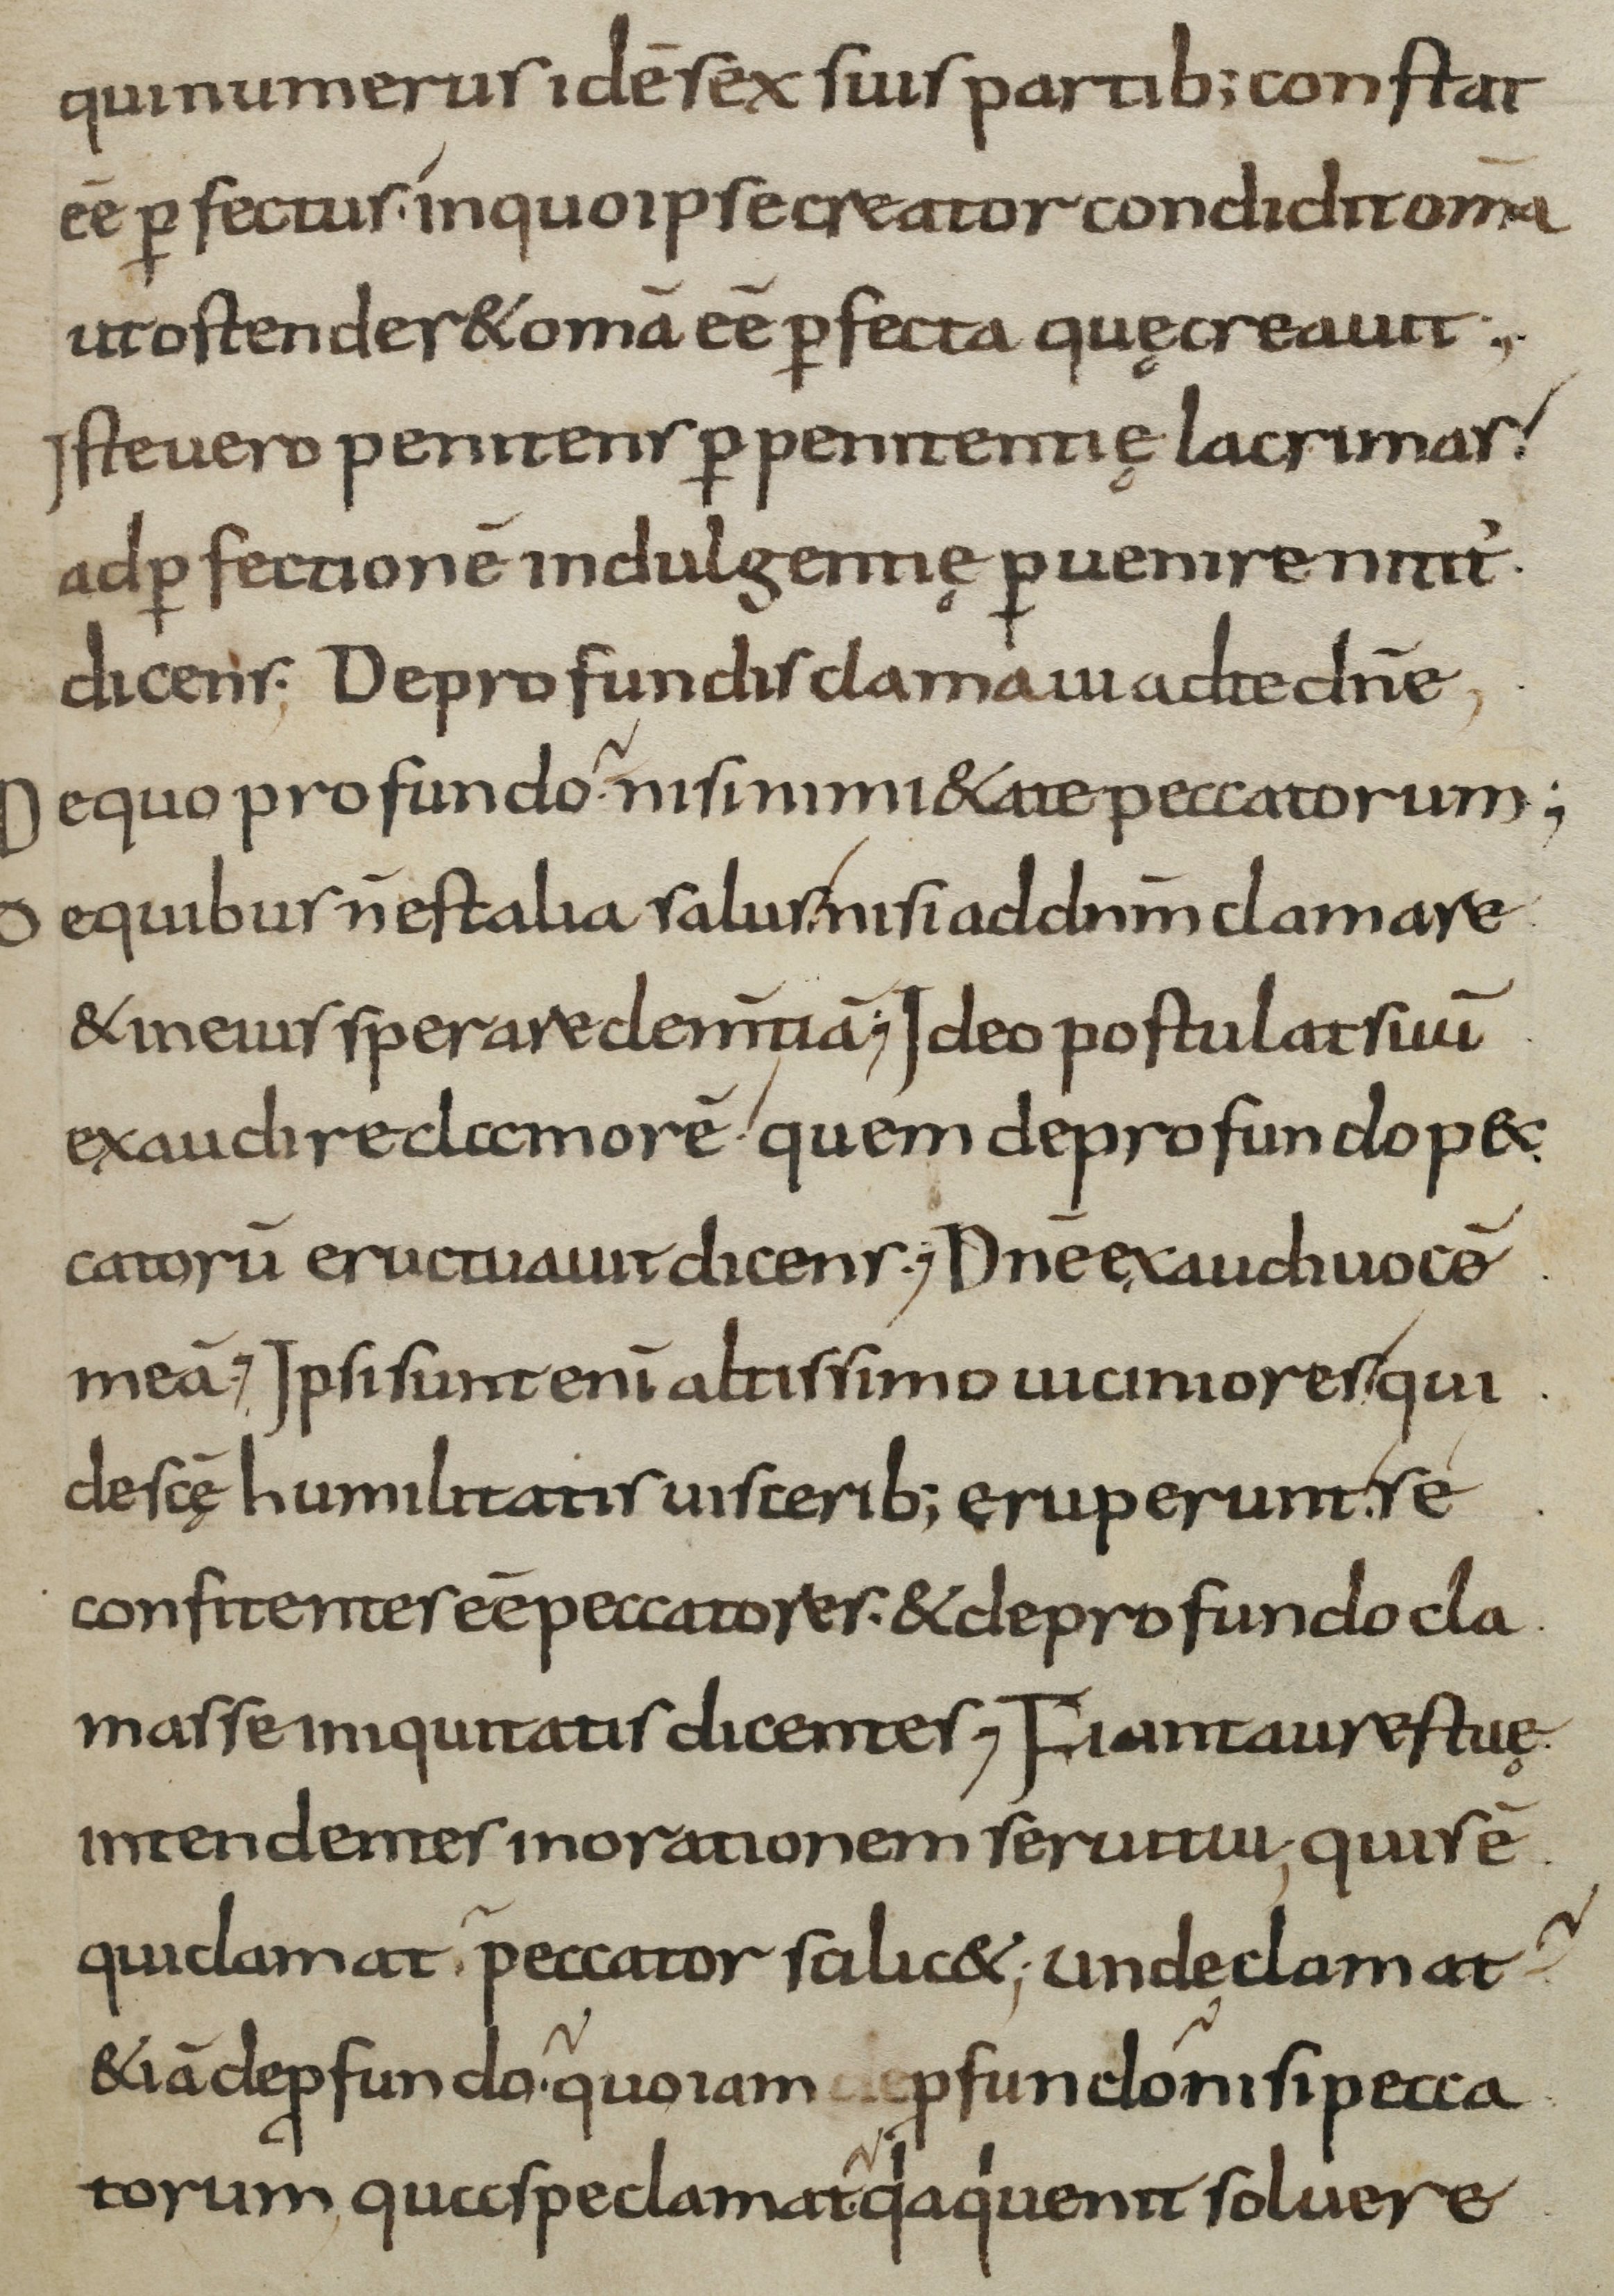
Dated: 900–999